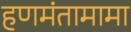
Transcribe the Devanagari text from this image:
हणमंतामामा